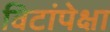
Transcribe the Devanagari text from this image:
विटांपेक्षा